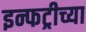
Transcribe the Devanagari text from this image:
इन्फट्रीच्या